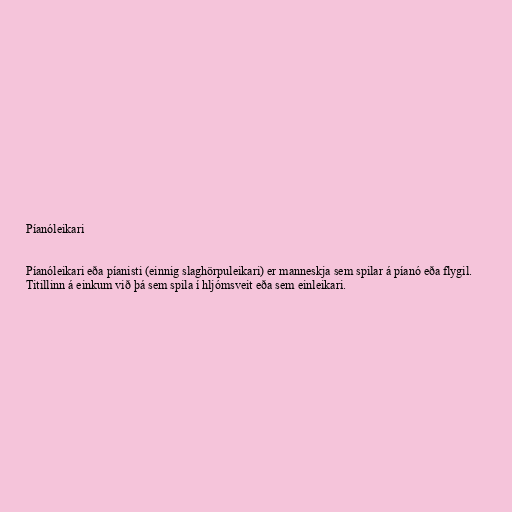
Píanóleikari

Píanóleikari eða píanisti (einnig slaghörpuleikari) er manneskja sem spilar á píanó eða flygil.
Titillinn á einkum við þá sem spila í hljómsveit eða sem einleikari.